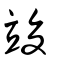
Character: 竣